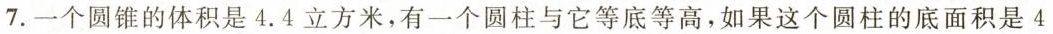
7.一个圆锥的体积是4.4立方米，有一个圆柱与它等底等高，如果这个圆柱的底面积是4